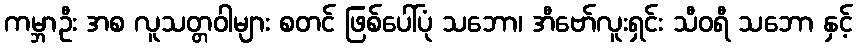
ကမ္ဘာဦး အစ လူသတ္တဝါများ စတင် ဖြစ်ပေါ်ပုံ သဘော၊ အီဗော်လူးရှင်း သီဝရီ သဘော နှင့်